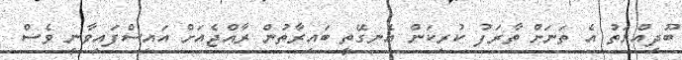
ބޫދިއްޔަތު އެ ތަނަށް ތާރަފު ކުރިކަން އެނގޭތީ ބައިރާތުން ރާއްޖެއަށް އައިސްފައިވާނީ ވެސް